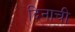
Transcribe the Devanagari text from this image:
दिनाची